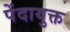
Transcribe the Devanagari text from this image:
पेंदायुक्त